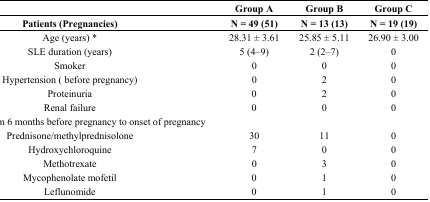
<table><thead><tr><td></td><td><b>Group A </b></td><td><b>Group B</b></td><td><b>Group C</b></td></tr><tr><td><b>Patients (Pregnancies)</b></td><td><b>N = 49 (51)</b></td><td><b>N = 13 (13)</b></td><td><b>N = 19 (19)</b></td></tr></thead><tbody><tr><td>Age (years) *</td><td>28.31 ± 3.61</td><td>25.85 ± 5.11</td><td>26.90 ± 3.00</td></tr><tr><td>SLE duration (years)</td><td>5 (4–9)</td><td>2 (2–7)</td><td>0</td></tr><tr><td>Smoker</td><td>0</td><td>0</td><td>0</td></tr><tr><td>Hypertension ( before pregnancy)</td><td>0</td><td>2</td><td>0</td></tr><tr><td>Proteinuria</td><td>0</td><td>2</td><td>0</td></tr><tr><td>Renal failure</td><td>0</td><td>0</td><td>0</td></tr><tr><td>Drugs taken from 6 months before pregnancy to onset of pregnancy</td><td></td><td></td><td></td></tr><tr><td>Prednisone/methylprednisolone</td><td>30</td><td>11</td><td>0</td></tr><tr><td>Hydroxychloroquine</td><td>7</td><td>0</td><td>0</td></tr><tr><td>Methotrexate</td><td>0</td><td>3</td><td>0</td></tr><tr><td>Mycophenolate mofetil</td><td>0</td><td>1</td><td>0</td></tr><tr><td>Leflunomide</td><td>0</td><td>1</td><td>0</td></tr></tbody></table>